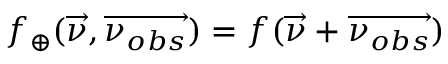
f _ { \oplus } ( \overrightarrow { \nu } , \overrightarrow { \nu _ { o b s } } ) = f ( \overrightarrow { \nu } + \overrightarrow { \nu _ { o b s } } )